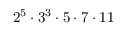
2 ^ { 5 } \cdot 3 ^ { 3 } \cdot 5 \cdot 7 \cdot 1 1